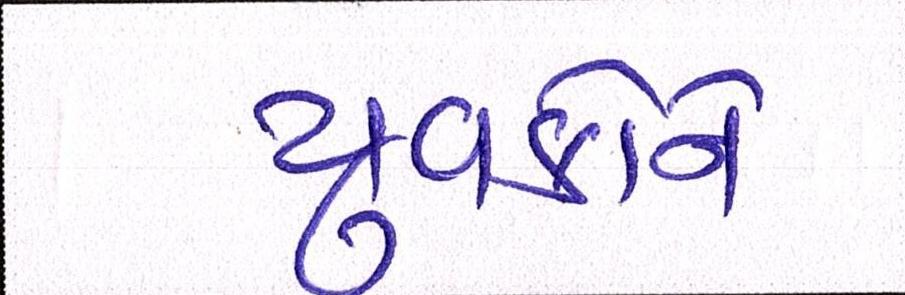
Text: યુવકોને